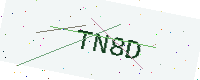
Text: TN8D